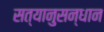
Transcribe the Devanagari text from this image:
सत्यानुसन्धान